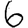
Digit: 6